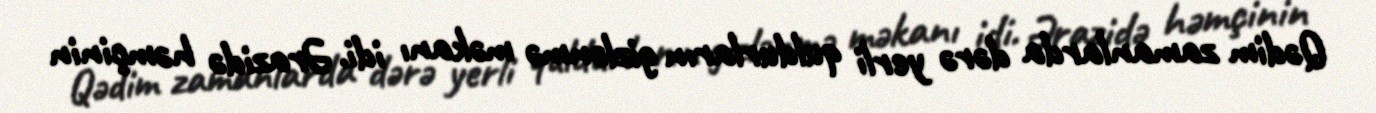
Qədim zamanlarda dərə yerli quldurların gizlənmə məkanı idi. Ərazidə həmçinin